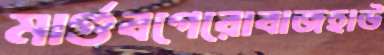
মার্গুবগেরোবাজহাউ